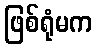
ဖြစ်ရုံမက